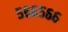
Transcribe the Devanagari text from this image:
५६६५६६